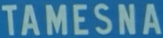
TAMESNA